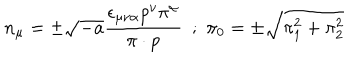
n _ { \mu } = \pm \sqrt { - a } \frac { \epsilon _ { \mu \nu \alpha } p ^ { \nu } \pi ^ { \alpha } } { \pi \cdot p } \, \, \, ; \, \, \pi _ { 0 } = \pm \sqrt { \pi _ { 1 } ^ { 2 } + \pi _ { 2 } ^ { 2 } }